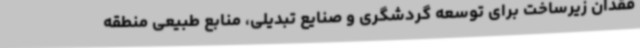
فقدان زیرساخت برای توسعه گردشگری و صنایع تبدیلی، منابع طبیعی منطقه